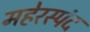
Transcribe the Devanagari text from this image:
महेरस्पंद